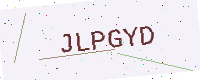
Text: JLPGYD